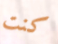
كنت